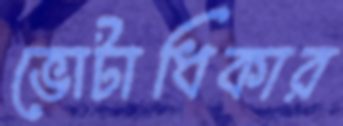
ভোটাধিকার